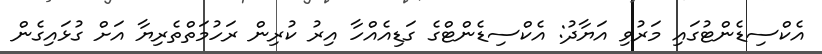
އެކްސިޑެންޓުގައި މަރުވި އަޔާދު: އެކްސިޑެންޓްގެ ގަޑިއެއްހާ އިރު ކުރިން ރަހުމަތްތެރިޔާ އަށް ގުޅައިގެން